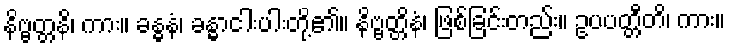
နိဗ္ဗတ္တနိ၊ ကား။ ခန္ဓနံ၊ ခန္ဓာငါးပါးတို့၏။ နိဗ္ဗတ္တိနံ၊ ဖြစ်ခြင်းတည်း။ ဥပပတ္တီတိ၊ ကား။